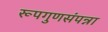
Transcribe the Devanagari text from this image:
रूपगुणसंपन्ना